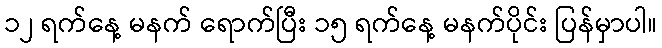
၁၂ ရက်နေ့ မနက် ရောက်ပြီး ၁၅ ရက်နေ့ မနက်ပိုင်း ပြန်မှာပါ။